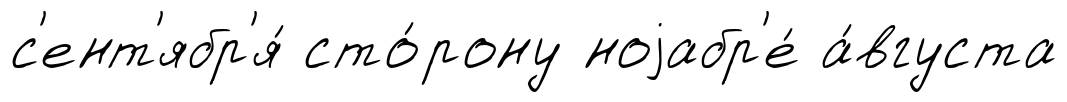
с'ент'ябр'я́ сто́рону ноjабр'е́ а́вгуста